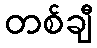
တစ်ချီ